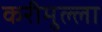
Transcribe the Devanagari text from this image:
करीमुल्ला